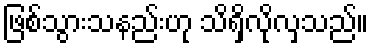
ဖြစ်သွားသနည်းဟု သိရှိလိုလှသည်။